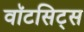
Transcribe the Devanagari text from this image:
वॉटसिट्स